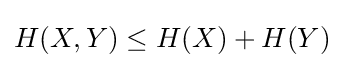
H(X,Y)\leq H(X)+H(Y)